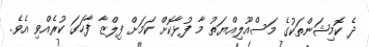
ދެ ކޮމިޝަންތަކުގެ މަސްއޫލިއްޔަތު މާ ފުޅާކޮށް ކަމަށް ފިލްޒާ ފާހަގަ ކުރެއްވި އެވެ.